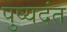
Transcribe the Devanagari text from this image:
पुष्यदंत